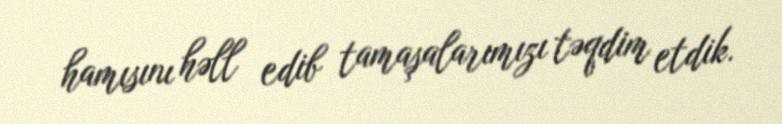
hamısını həll edib tamaşalarımızı təqdim etdik.